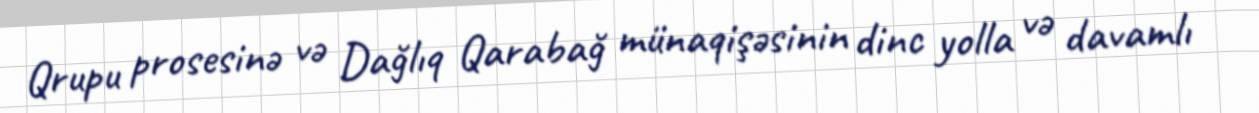
Qrupu prosesinə və Dağlıq Qarabağ münaqişəsinin dinc yolla və davamlı